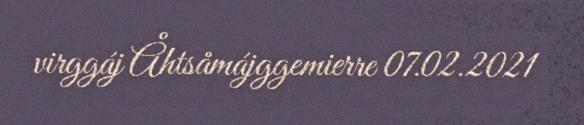
virggáj Åhtsåmájggemierre 07.02.2021